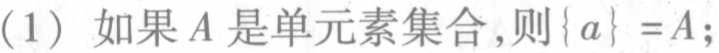
(1) 如果\(A\)是单元素集合,则\(\{ a\} =A\);